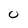
Character: 0